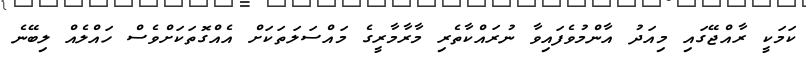
ކަމަކީ ރާއްޖޭގައި މިއަދު އާންމުވެފައިވާ ނުރައްކާތެރި މާރާމާރީގެ މައްސަލަތަކަށް އެއްގޮތަކަށްވެސް ހައްލެއް ލިބޭނެ